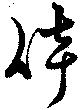
倖